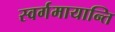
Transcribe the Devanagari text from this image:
स्वर्गमायान्ति